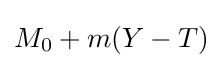
M_{0}+m(Y-T)